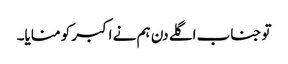
تو جناب اگلے دن ہم نے اکبر کو منایا۔